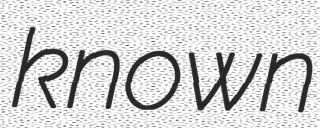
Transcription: known